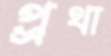
প্র্রথা